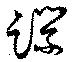
蹀